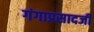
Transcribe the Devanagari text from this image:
गंगाप्रसादजी